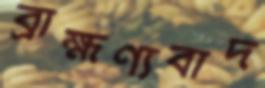
ব্রাহ্মণ্যবাদ